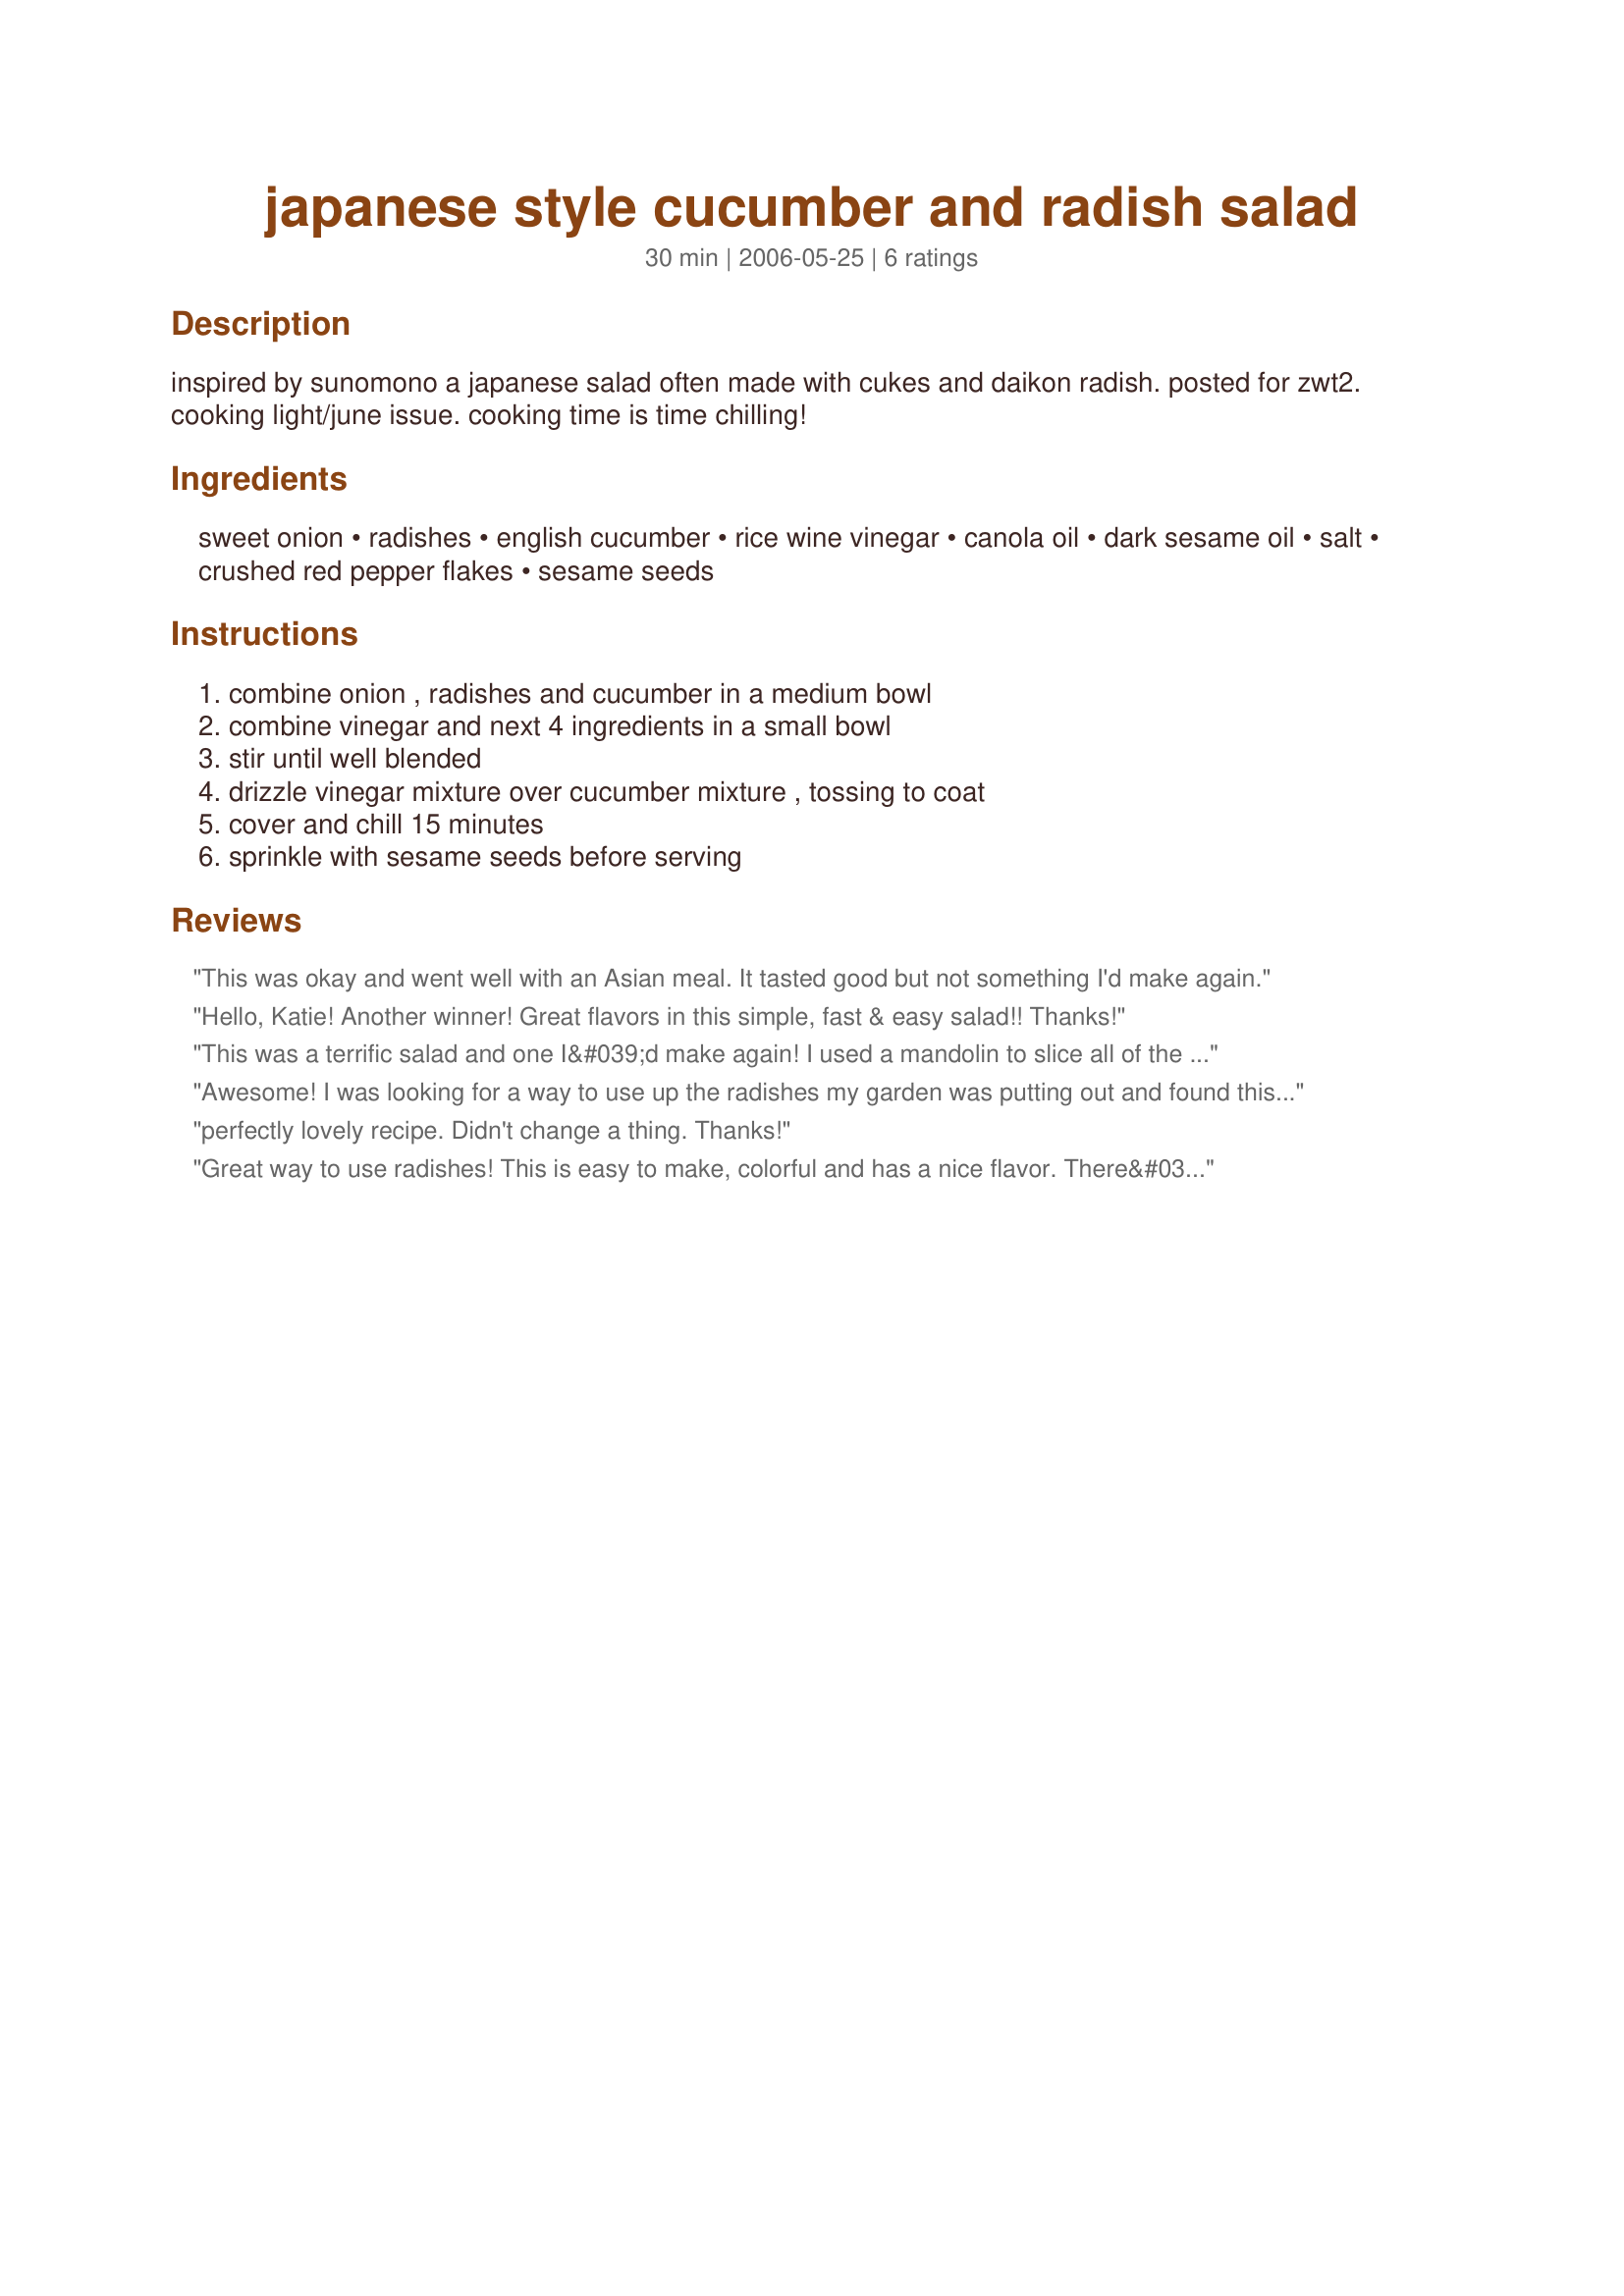
japanese style cucumber and radish salad
Preparation time: 30 minutes

inspired by sunomono a japanese salad often made with cukes and daikon radish.
posted for zwt2.
cooking light/june issue. cooking time is time chilling!

Ingredients:
sweet onion, radishes, english cucumber, rice wine vinegar, canola oil, dark sesame oil, salt, crushed red pepper flakes, sesame seeds

Steps:
combine onion , radishes and cucumber in a medium bowl, combine vinegar and next 4 ingredients in a small bowl, stir until well blended, drizzle vinegar mixture over cucumber mixture , tossing to coat, cover and chill 15 minutes, sprinkle with sesame seeds before serving

Reviews:
This was okay and went well with an Asian meal. It tasted good but not something I'd make again.
Hello, Katie! Another winner! Great flavors in this simple, fast & easy salad!! Thanks!
This was a terrific salad and one I&#039;d make again! I used a mandolin to slice all of the veggies. The dressing is light and married perfectly with the veggies. Thank you for sharing the recipe. :-)
Awesome! I was looking for a way to use up the radishes my garden was putting out and found this. Nice flavor and not heavy with oil. I would have taken a picture for you but DH finished it when I wasn't looking.
perfectly lovely recipe. Didn't change a thing. Thanks!
Great way to use radishes! This is easy to make, colorful and has a nice flavor. There&#039;s no heavy dressing and it&#039;s not too salty. This is great with Asian foods as well as pretty much anything else. Thanx for sharing!
